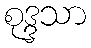
စုဒ္ဒသာ